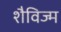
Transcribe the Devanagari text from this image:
शैविज्म